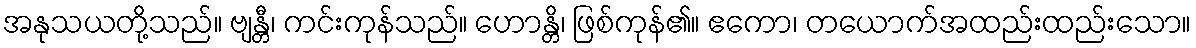
အနုသယတို့သည်။ ဗျန္တီ၊ ကင်းကုန်သည်။ ဟောန္တိ၊ ဖြစ်ကုန်၏။ ဧကော၊ တယောက်အထည်းထည်းသော။